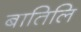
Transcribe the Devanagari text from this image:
बातिलि